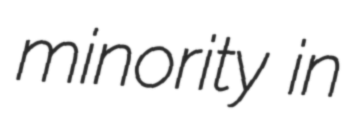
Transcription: minority in